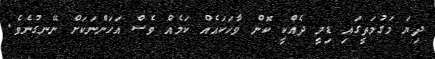
ދިޔަ މަގުމަތީގައި ޑިމީ ދެއްކީ ކޮން ވާހަކައެއް ކަމެއް ވެސް އަހަންނަކަށް ނޭނގުނެވެ.